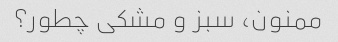
ممنون، سبز و مشکی چطور؟